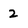
Character: 2